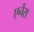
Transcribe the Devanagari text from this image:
एर्नेस